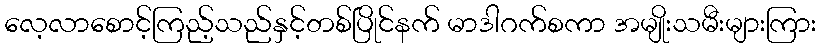
လေ့လာစောင့်ကြည့်သည်နှင့်တစ်ပြိုင်နက် မာဒါဂက်စကာ အမျိုးသမီးများကြား